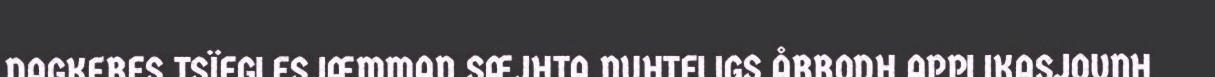
DAGKERES TSÏEGLESJÆMMAN SÆJHTA NUHTELIGS ÅRRODH APPLIKASJOVNH